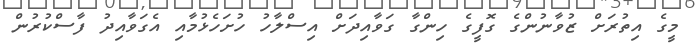
މީގެ އިތުރަށް ޒުވާނުންގެ ގޮފީގެ ހިންގާ ގަވާއިދަށް އިސްލާހު ހުށަަހެޅުމާއި އެގަވާއިދު ފާސްކުރުން